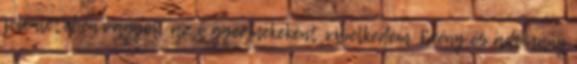
jelenlétében vagyok, az ő gyermekeként viselkedem. Erény és adomány